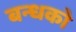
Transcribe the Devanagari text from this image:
बन्धको